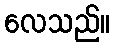
လေသည်။